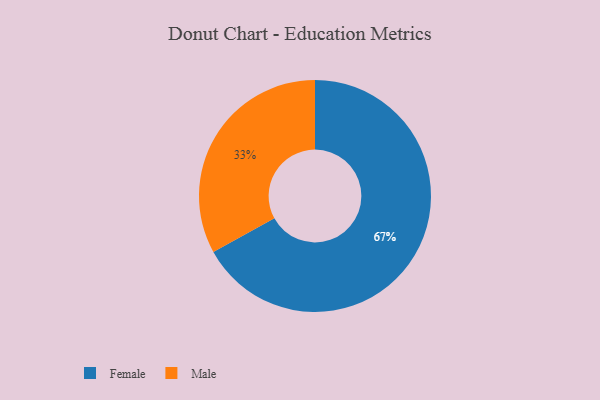
{"axis": {"x": "Category", "y": "Percentage"}, "legend": ["Female", "Male"], "data": [{"x": "Female", "y": 67, "type": "Female"}, {"x": "Male", "y": 33, "type": "Male"}]}